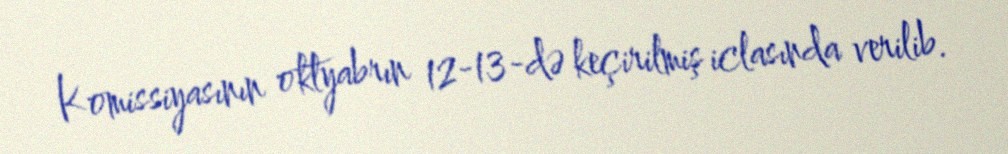
Komissiyasının oktyabrın 12-13-də keçirilmiş iclasında verilib.